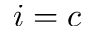
i = c